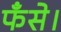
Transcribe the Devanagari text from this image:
फँसे।